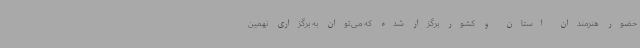
حضور هنرمندان استان و کشور برگزار شده که می‌توان به برگزاری نهمین